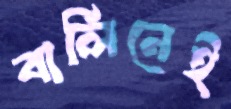
বার্লিনেই